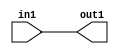
module WIR_NO_USED (in1, out1);
   input in1;
   output out1;
   reg out1;
   wire g1;
   always @(in1)
   out1 <= in1;
endmodule